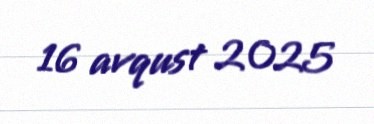
16 avqust 2025